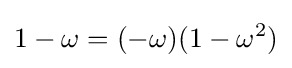
1-\omega =(-\omega )(1-\omega ^{2})